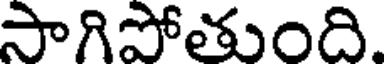
సాగిపోతుంది.